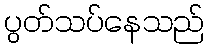
ပွတ်သပ်နေသည်